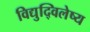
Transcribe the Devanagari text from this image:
विद्युद्विलेष्य